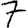
Digit: 7